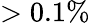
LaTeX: >0.1\%